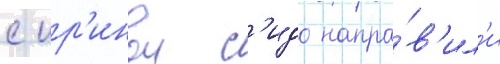
с ир'инои с'идо напра́в'ил'и